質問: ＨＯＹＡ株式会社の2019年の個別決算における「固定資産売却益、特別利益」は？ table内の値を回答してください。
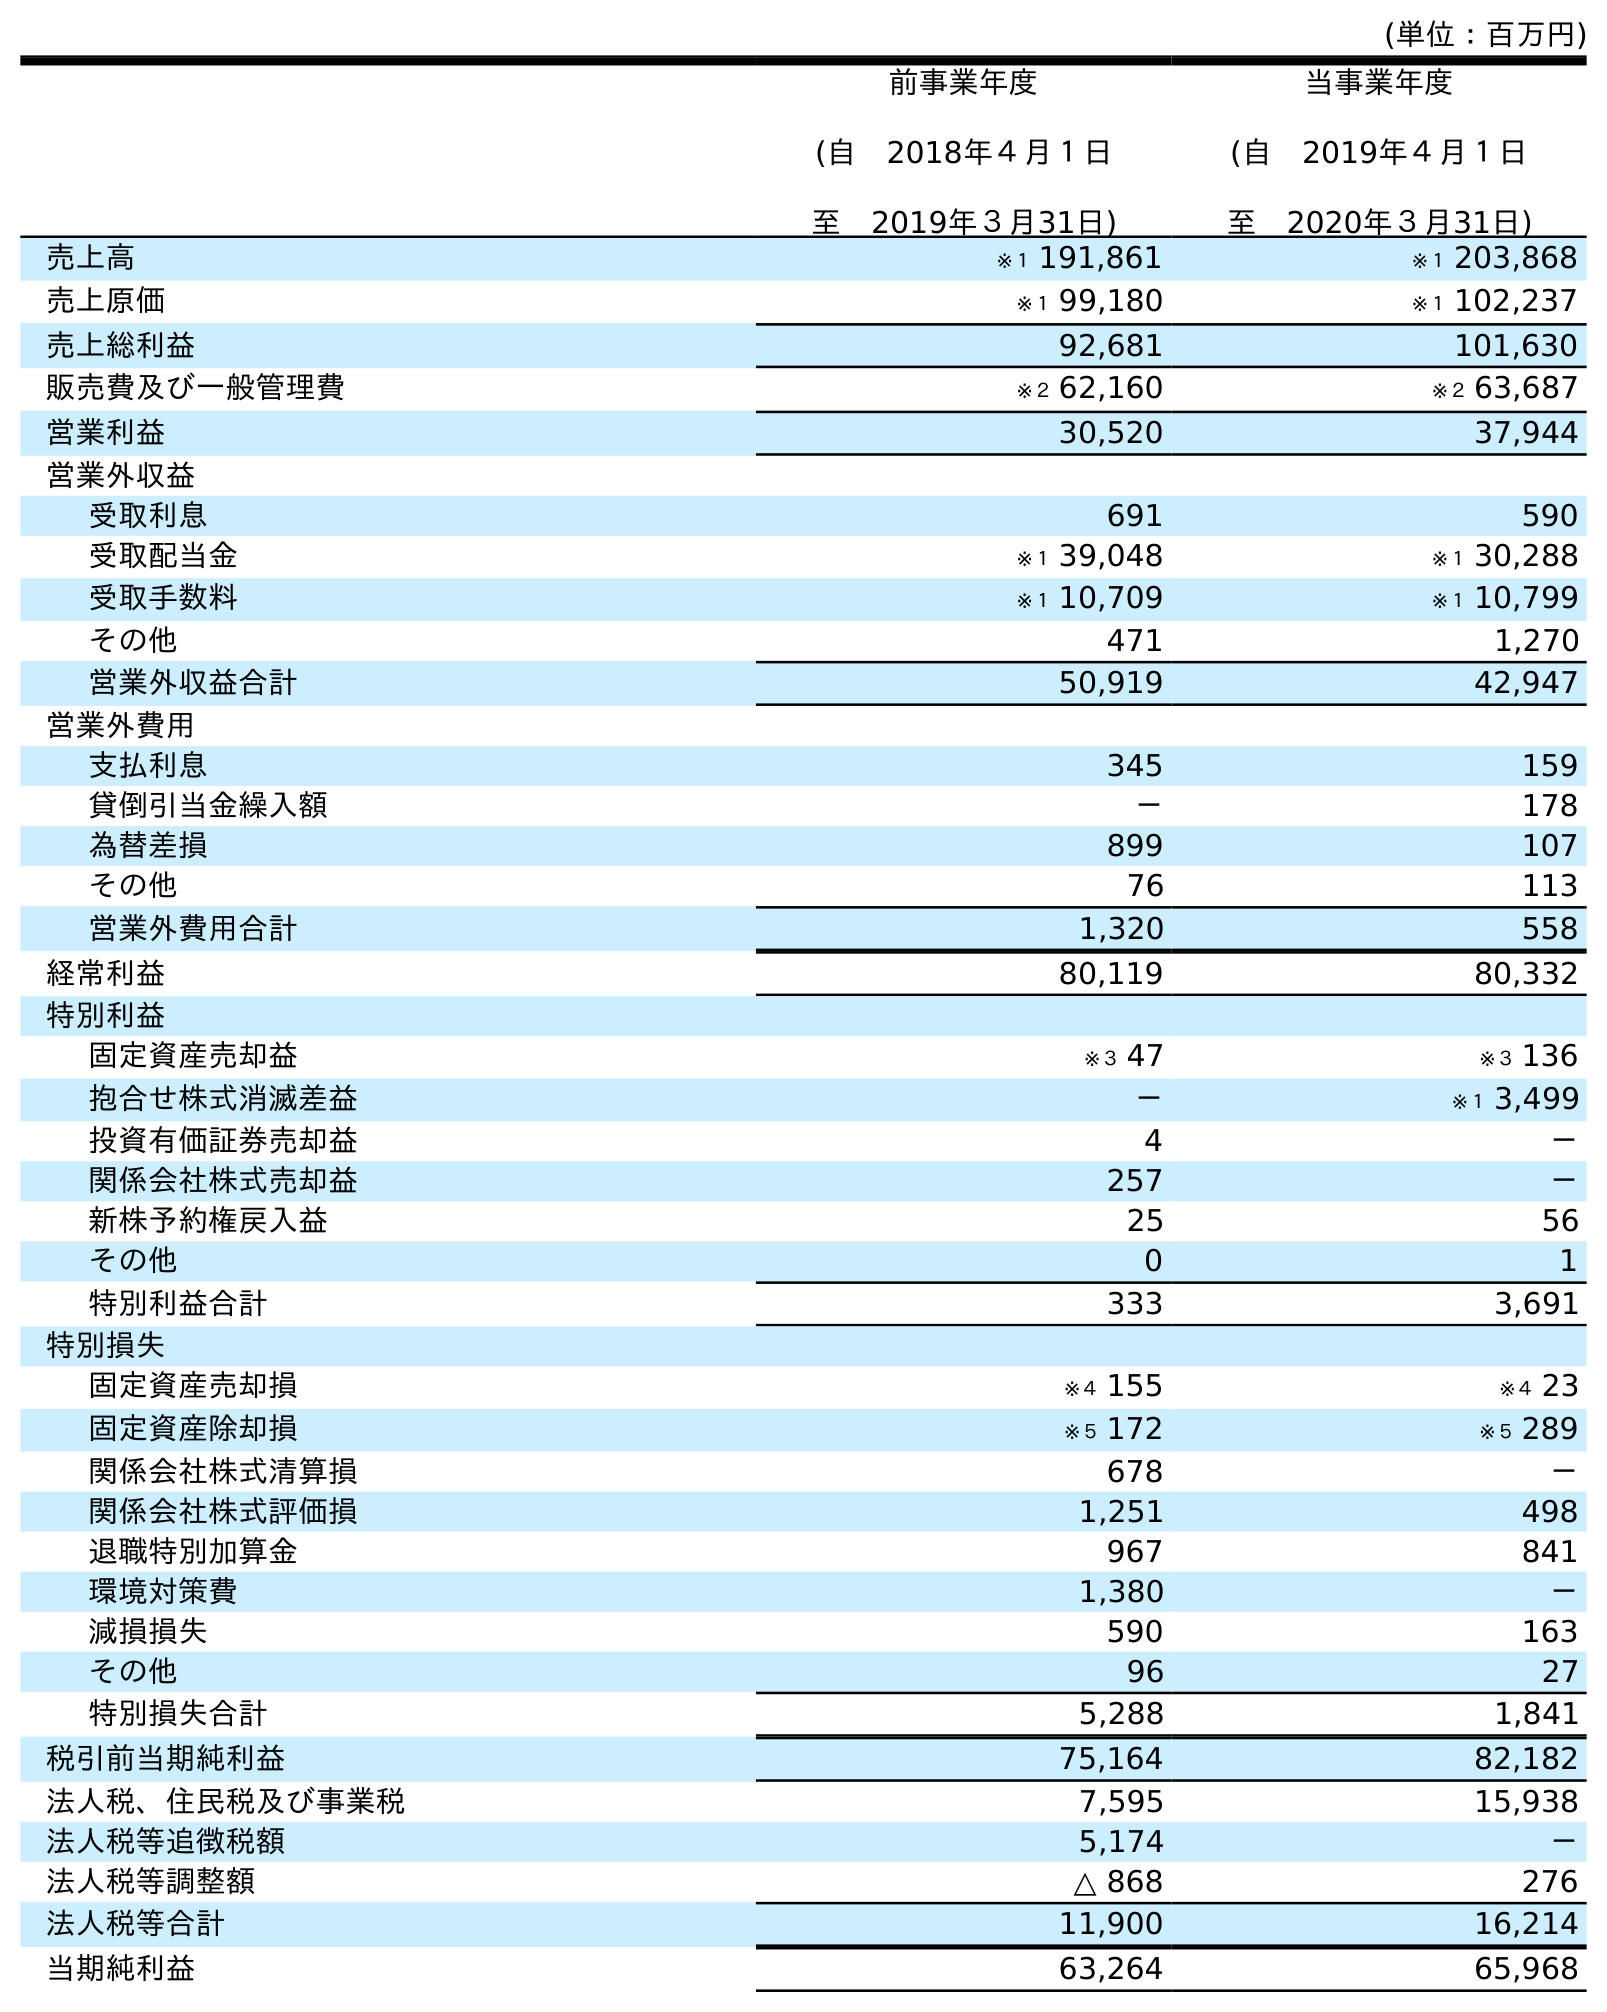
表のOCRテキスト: (単位：百万円) 前事業年度 (自 2018年４月１日 至 2019年３月31日) 当事業年度 (自 2019年４月１日 至 2020年３月31日) 売上高 ※１ 191,861 ※１ 203,868 売上原価 ※１ 99,180 ※１ 102,237 売上総利益 92,681 101,630 販売費及び一般管理費 ※２ 62,160 ※２ 63,687 営業利益 30,520 37,944 営業外収益 受取利息 691 590 受取配当金 ※１ 39,048 ※１ 30,288 受取手数料 ※１ 10,709 ※１ 10,799 その他 471 1,270 営業外収益合計 50,919 42,947 営業外費用 支払利息 345 159 貸倒引当金繰入額 － 178 為替差損 899 107 その他 76 113 営業外費用合計 1,320 558 経常利益 80,119 80,332 特別利益 固定資産売却益 ※３ 47 ※３ 136 抱合せ株式消滅差益 － ※１ 3,499 投資有価証券売却益 4 － 関係会社株式売却益 257 － 新株予約権戻入益 25 56 その他 0 1 特別利益合計 333 3,691 特別損失 固定資産売却損 ※４ 155 ※４ 23 固定資産除却損 ※５ 172 ※５ 289 関係会社株式清算損 678 － 関係会社株式評価損 1,251 498 退職特別加算金 967 841 環境対策費 1,380 － 減損損失 590 163 その他 96 27 特別損失合計 5,288 1,841 税引前当期純利益 75,164 82,182 法人税、住民税及び事業税 7,595 15,938 法人税等追徴税額 5,174 － 法人税等調整額 △ 868 276 法人税等合計 11,900 16,214 当期純利益 63,264 65,968
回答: ※３47